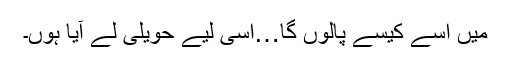
میں اسے کیسے پالوں گا…اسی لیے حویلی لے آیا ہوں۔